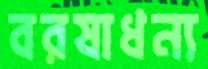
বরষাধন্য